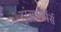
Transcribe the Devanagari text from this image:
ट्रांसफौर्मर्स